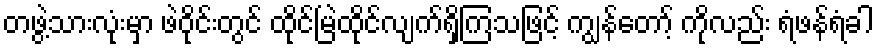
တဖွဲ့သားလုံးမှာ ဖဲဝိုင်းတွင် ထိုင်မြဲထိုင်လျက်ရှိကြသဖြင့် ကျွန်တော့် ကိုလည်း ရံဖန်ရံခါ